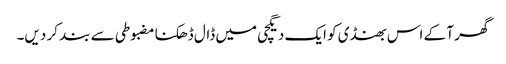
گھر آ کے اس بھنڈی کو ایک دیگچی میں ڈال ڈھکنا مضبوطی سے بند کر دیں۔